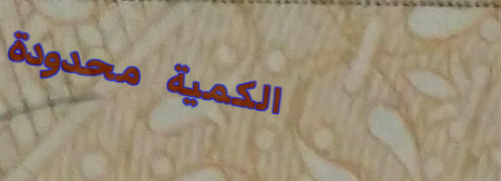
الكمية محدودة